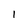
Character: I